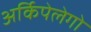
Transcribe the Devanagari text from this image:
अर्किपेलेगो